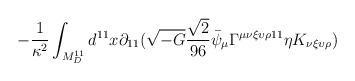
LaTeX: \begin{align*}-\frac{1}{\kappa^2} \int_{M^{11}_D} d^{11} x \partial_{11} ( \sqrt{-G}\frac{\sqrt{2}}{96} \bar{\psi}_\mu \Gamma^{\mu \nu \xi \upsilon \rho 11} \eta K_{\nu \xi \upsilon \rho} )\end{align*}